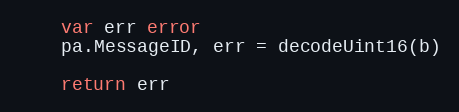
Language: Go
	var err error
	pa.MessageID, err = decodeUint16(b)

	return err